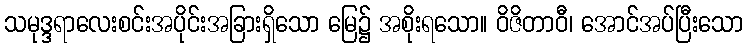
သမုဒ္ဒရာလေးစင်းအပိုင်းအခြားရှိသော မြေ၌ အစိုးရသော။ ဝိဇိတာဝီ၊ အောင်အပ်ပြီးသော